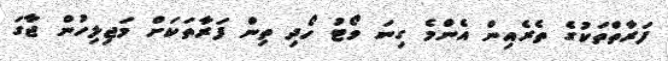
ފަރާތްތަކުގެ ތެރެއިން އެންމެ ގިނަ ވޯޓު ހޯދި ތިން ފަރާތަކަށް މަޖިލިހުން ޖާގަ